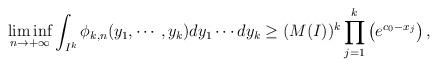
LaTeX: \begin{align*}&\liminf_{n\to+\infty}\int_{I^k}\phi_{k,n}(y_1,\cdots,y_k)dy_1\cdots dy_k\geq (M(I))^k\prod_{j=1}^k\left(e^{c_0-x_j}\right),\end{align*}